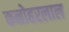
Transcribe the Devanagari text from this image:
कनोहरलाल